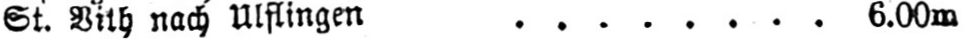
St. Bith nach Ulfingen ........ 6.00m